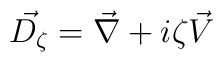
\vec{D_{\zeta}}=\vec{\nabla}+i\zeta \vec{V}